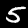
Label: 5